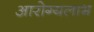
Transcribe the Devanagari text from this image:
आरोग्यलाभ